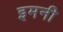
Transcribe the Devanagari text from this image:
इमनी